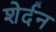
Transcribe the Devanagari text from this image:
शेर्दन